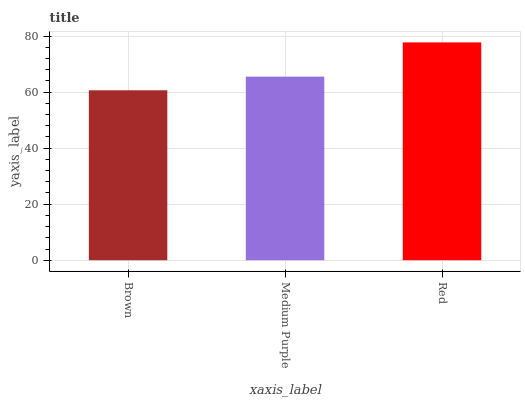
| xaxis_label | bars |
 | --- | --- |
 | Brown | 60.6 |
 | Medium Purple | 65.5 |
 | Red | 77.7 |